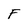
Character: F